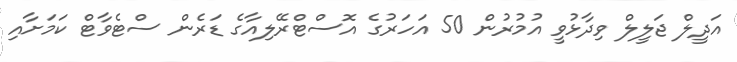
އަދީލް ޖަލީލް ވިދާޅުވީ އުމުރުން 50 އަހަރުގެ އޮސްޓްރޭލިއާގެ ޑަރެން ސްޓެވާޓް ކަމަށާއި